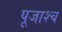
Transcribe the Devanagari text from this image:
पूजाश्‍च